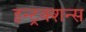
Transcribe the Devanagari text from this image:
इन्ट्रक्शन्स